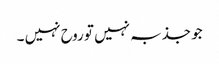
جو جذبہ نہیں تو روح نہیں ۔